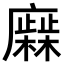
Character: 𢋹